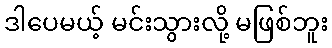
ဒါပေမယ့် မင်းသွားလို့ မဖြစ်ဘူး